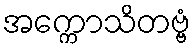
အက္ကောသိတဗ္ဗံ